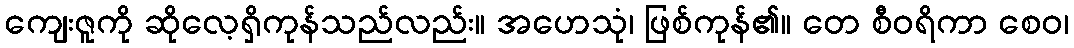
ကျေးဇူကို ဆိုလေ့ရှိကုန်သည်လည်း။ အဟေသုံ၊ ဖြစ်ကုန်၏။ တေ စီဝရိကာ စေဝ၊